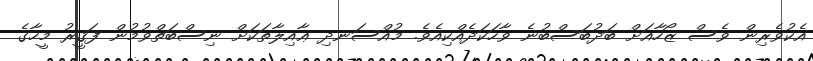
އެކުވެރިން ވެސް ޒޯހާއަށް ބަދުބަސްބުނެ ވާހަކަދެއްކިއެވެ. މުއްސަނދި ޢާއިލާތަކަށް ނިސްބަތްވުމުން ފަޤީރު މީހާގެ